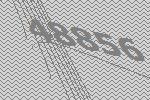
48856